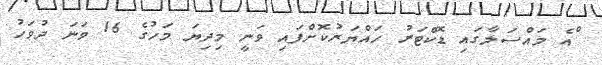
ްއެ މައްސަލާގައި ޑޮކްޓަރު ހައްޔަރުކޮށްފައި ވަނީ މިދިޔަ މަހުގެ 16 ވަނަ ދުވަހު